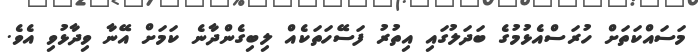
މަސައްކަތަށް ހުރަސްއެޅުމުގެ ބަދަލުގައި އިތުރު ފަސޭހަތަކެއް ލިބިގެންދާނެ ކަމަށް އޭނާ ވިދާޅުވި އެވެ.